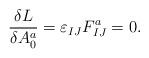
LaTeX: \begin{align*}{\delta L \over \delta A^a_0} = \varepsilon_{IJ} F_{IJ}^a =0.\end{align*}